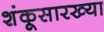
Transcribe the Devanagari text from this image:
शंकूसारख्या